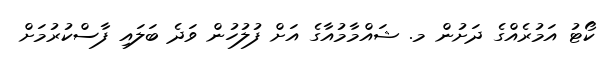
ކޯޓު އަމުރެއްގެ ދަށުން މ. ޝައްމާމުއާގެ އަށް ފުލުހުން ވަދެ ބަލައި ފާސްކުރުމަށް